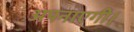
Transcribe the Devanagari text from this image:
अपनाएगी।